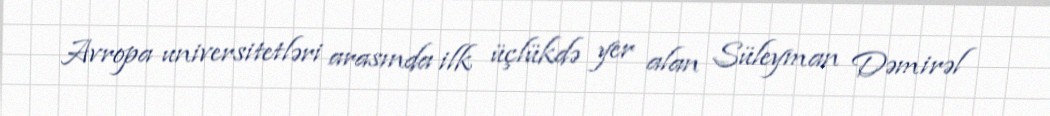
Avropa universitetləri arasında ilk üçlükdə yer alan Süleyman Dəmirəl